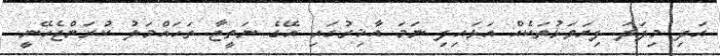
އަދި މިފަދަ ފިޔަވަޅުތަކެއް އަޅައިފި ނަމަ އާޚިރުގައި އޭގެ ނަތީޖާ ތަހައްމަލު ކުރަންޖެހޭނީ